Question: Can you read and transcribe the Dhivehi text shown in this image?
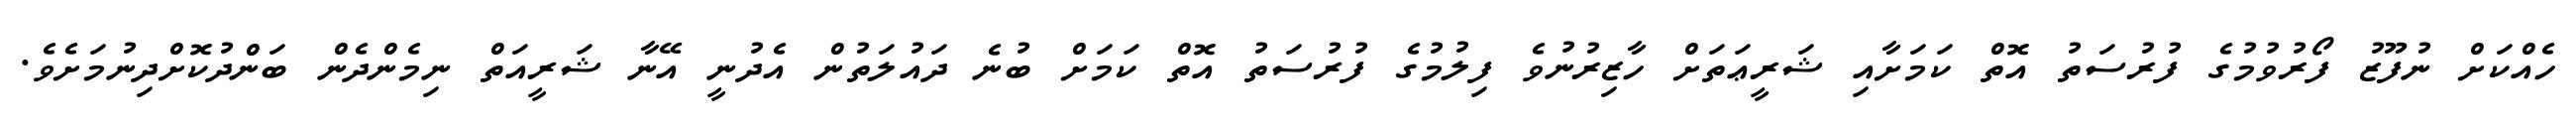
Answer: ހެއްކަށް ނުފޫޒު ފޯރުވުމުގެ ފުރުސަތު އޮތް ކަމަށާއި ޝަރީޢަތަށް ހާޒިރުނުވެ ފިލުމުގެ ފުރުސަތު އޮތް ކަމަށް ބުނެ ދައުލަތުން އެދުނީ އޭނާ ޝަރީއަތް ނިމެންދެން ބަންދުކޮށްދިނުމަށެވެ.